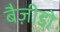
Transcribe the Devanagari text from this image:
बैज़ीडो